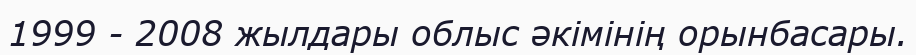
1999 - 2008 жылдары облыс әкімінің орынбасары.